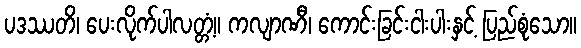
ပဒဿတိ၊ ပေးလိုက်ပါလတ္တံ့။ ကလျာဏီ၊ ကောင်းခြင်းငါးပါးနှင့် ပြည်စုံသော။